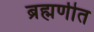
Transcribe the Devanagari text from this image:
ब्रह्मणीत